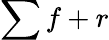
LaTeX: \sum f+r